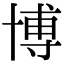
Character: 博